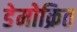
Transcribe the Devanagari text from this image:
डेमोक्रित